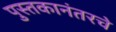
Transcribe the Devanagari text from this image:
पुस्तकानंतरचे